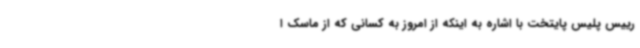
رییس پلیس پایتخت با اشاره به اینکه از امروز به کسانی که از ماسک ا